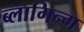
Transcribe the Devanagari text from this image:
ब्लागिन्ग